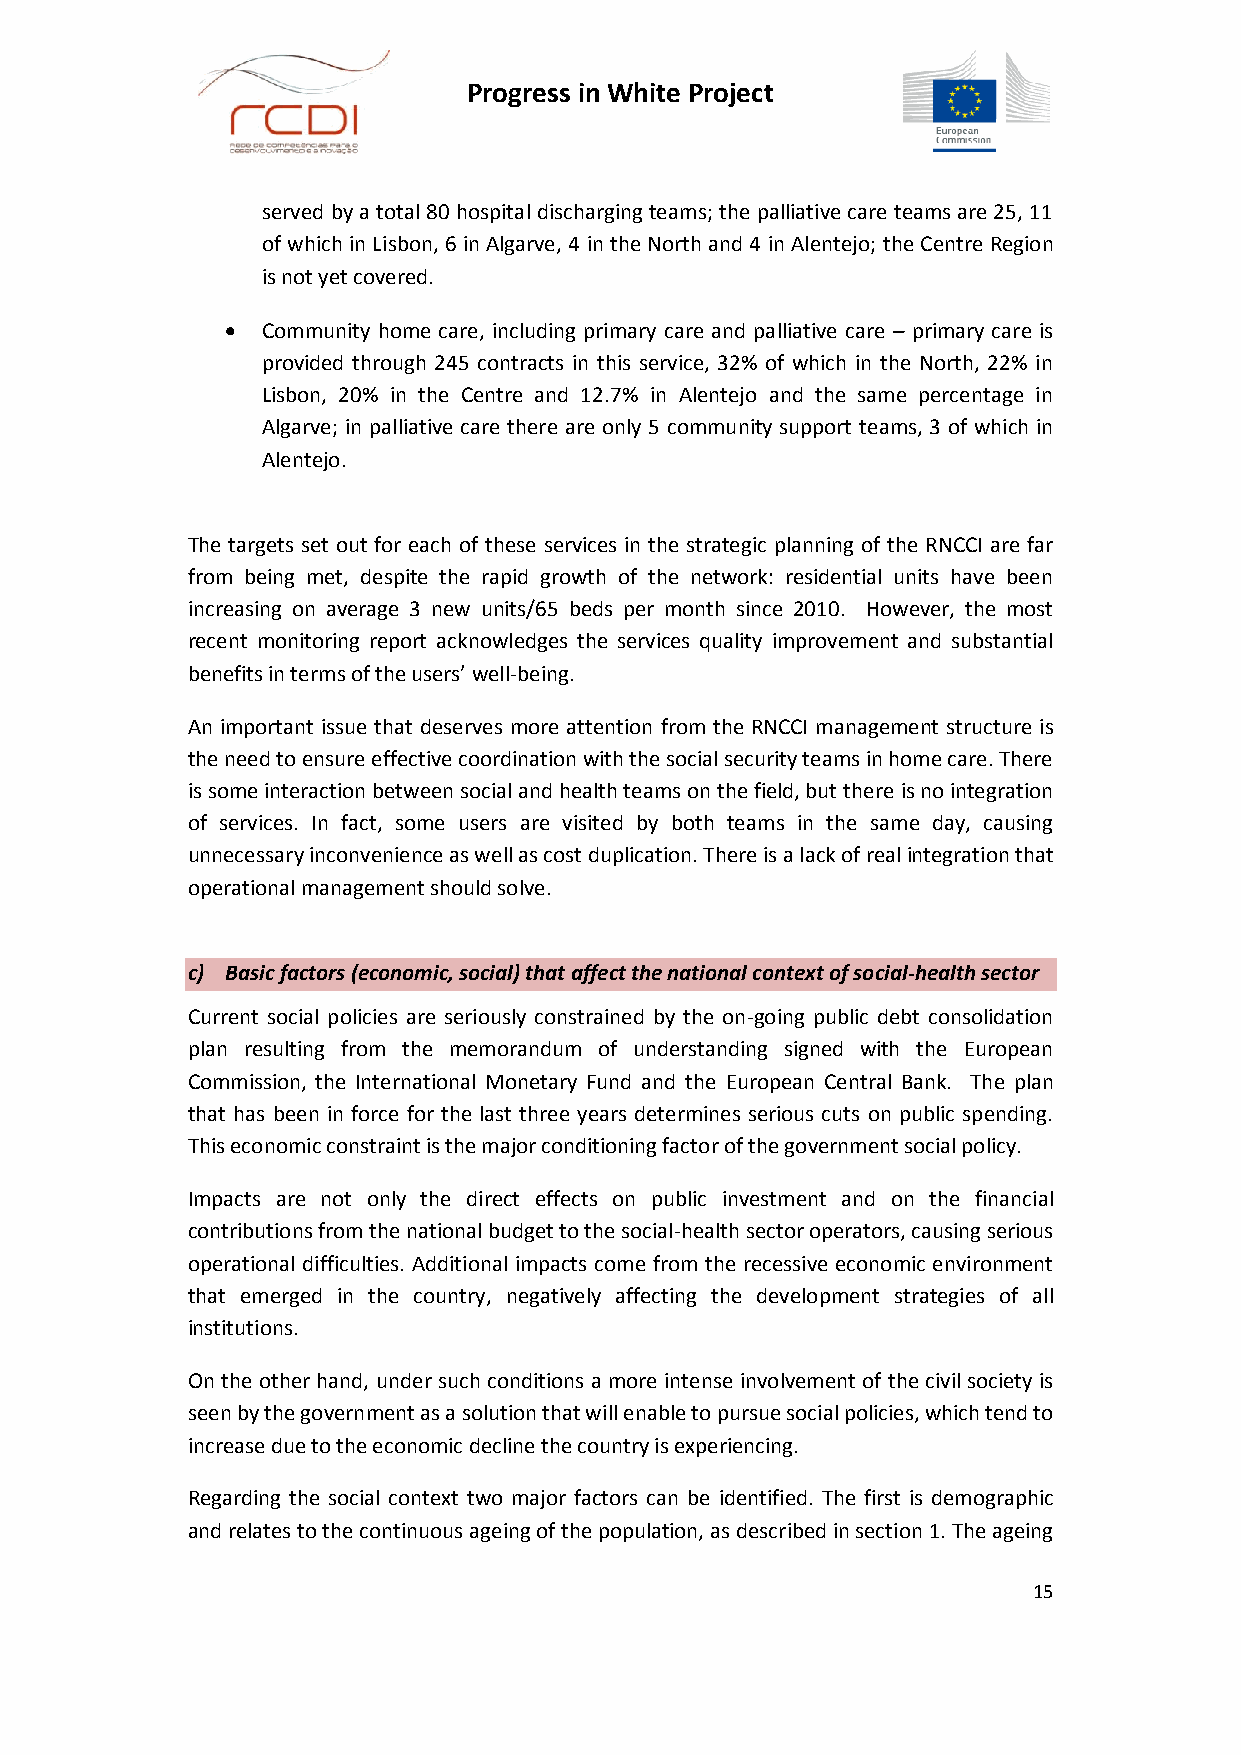
Progress in White Project
 served by a total 80 hospital discharging teams; the palliative care teams are 25, 11
 of which in Lisbon, 6 in Algarve, 4 in the North and 4 in Alentejo; the Centre Region
 is not yet covered.
  Community home care, including primary care and palliative care – primary care is
 provided through 245 contracts in this service, 32% of which in the North, 22% in
 Lisbon, 20% in the Centre and 12.7% in Alentejo and the same percentage in
 Algarve; in palliative care there are only 5 community support teams, 3 of which in
 Alentejo.
 The targets set out for each of these services in the strategic planning of the RNCCI are far
 from being met, despite the rapid growth of the network: residential units have been
 increasing on average 3 new units/65 beds per month since 2010. However, the most
 recent monitoring report acknowledges the services quality improvement and substantial
 benefits in terms of the users’ well-being.
 An important issue that deserves more attention from the RNCCI management structure is
 the need to ensure effective coordination with the social security teams in home care. There
 is some interaction between social and health teams on the field, but there is no integration
 of services. In fact, some users are visited by both teams in the same day, causing
 unnecessary inconvenience as well as cost duplication. There is a lack of real integration that
 operational management should solve.
 c) Basic factors (economic, social) that affect the national context of social-health sector
 Current social policies are seriously constrained by the on-going public debt consolidation
 plan resulting from the memorandum of understanding signed with the European
 Commission, the International Monetary Fund and the European Central Bank. The plan
 that has been in force for the last three years determines serious cuts on public spending.
 This economic constraint is the major conditioning factor of the government social policy.
 Impacts are not only the direct effects on public investment and on the financial
 contributions from the national budget to the social-health sector operators, causing serious
 operational difficulties. Additional impacts come from the recessive economic environment
 that emerged in the country, negatively affecting the development strategies of all
 institutions.
 On the other hand, under such conditions a more intense involvement of the civil society is
 seen by the government as a solution that will enable to pursue social policies, which tend to
 increase due to the economic decline the country is experiencing.
 Regarding the social context two major factors can be identified. The first is demographic
 and relates to the continuous ageing of the population, as described in section 1. The ageing
 15